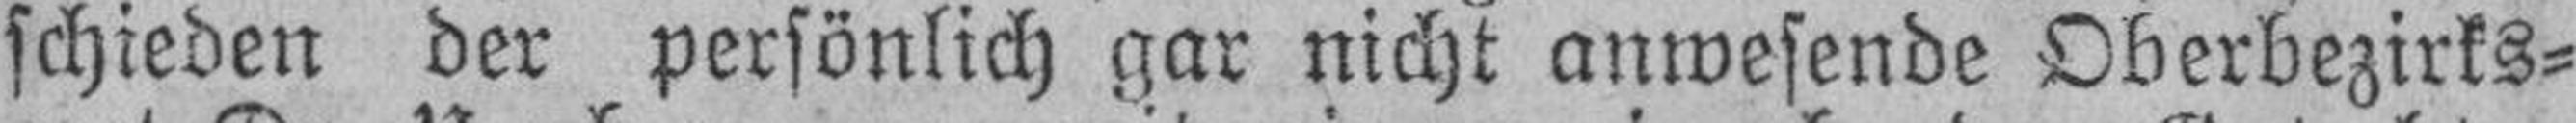
schieden der persönlich gar nicht anwesende Oberbezirks¬